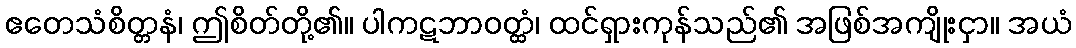
ဧတေသံစိတ္တနံ၊ ဤစိတ်တို့၏။ ပါကဋဘာဝတ္ထံ၊ ထင်ရှားကုန်သည်၏ အဖြစ်အကျိုးငှာ။ အယံ